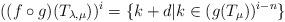
LaTeX: \begin{align*}((f \circ g)(T_{\lambda , \mu}))^i = \{ k+ d | k \in (g(T_{\mu}))^{i-n} \}\end{align*}